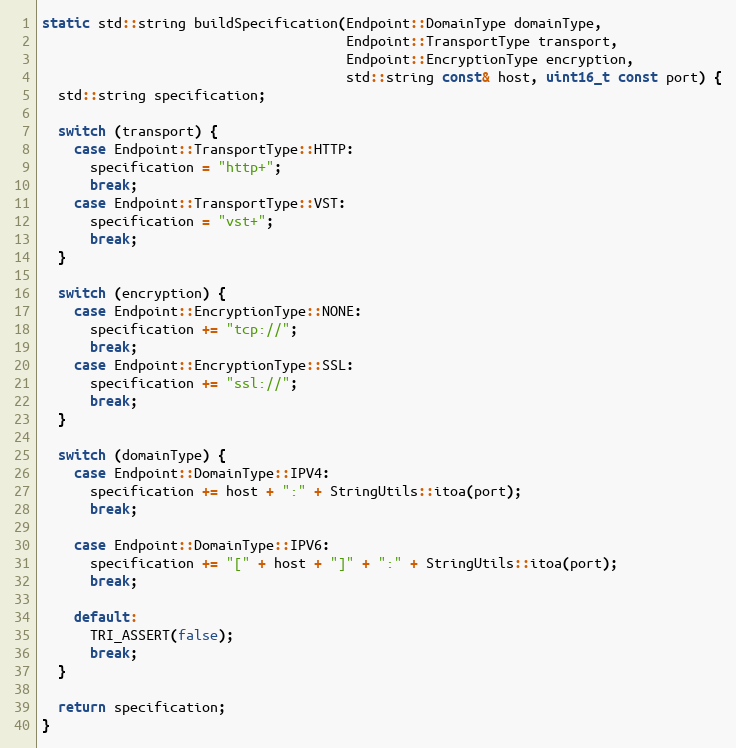
Language: C++
static std::string buildSpecification(Endpoint::DomainType domainType,
                                      Endpoint::TransportType transport,
                                      Endpoint::EncryptionType encryption,
                                      std::string const& host, uint16_t const port) {
  std::string specification;

  switch (transport) {
    case Endpoint::TransportType::HTTP:
      specification = "http+";
      break;
    case Endpoint::TransportType::VST:
      specification = "vst+";
      break;
  }

  switch (encryption) {
    case Endpoint::EncryptionType::NONE:
      specification += "tcp://";
      break;
    case Endpoint::EncryptionType::SSL:
      specification += "ssl://";
      break;
  }

  switch (domainType) {
    case Endpoint::DomainType::IPV4:
      specification += host + ":" + StringUtils::itoa(port);
      break;

    case Endpoint::DomainType::IPV6:
      specification += "[" + host + "]" + ":" + StringUtils::itoa(port);
      break;

    default:
      TRI_ASSERT(false);
      break;
  }

  return specification;
}